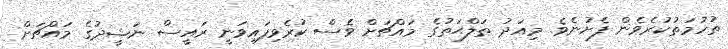
ތުހުމަތުކުރެވެން ފެށުނެވެ. މިއަދު ޠަލްޙަތުގެ މައްޗަށް ވެސް ކުރެވިފައިވަނީ ރައީސް ނަޝީދުގެ މައްޗަށް